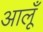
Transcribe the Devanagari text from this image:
आलूँ